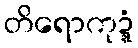
တိရောကုဍ္ဍံ